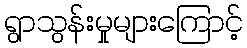
ရွာသွန်းမှုများကြောင့်